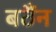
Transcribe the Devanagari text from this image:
बठैंन